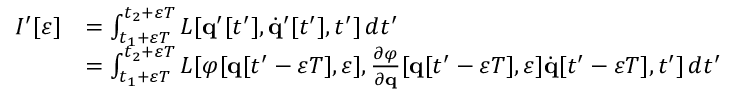
{ \begin{array} { r l } { I ^ { \prime } [ \varepsilon ] } & { = \int _ { t _ { 1 } + \varepsilon T } ^ { t _ { 2 } + \varepsilon T } L [ \mathbf { q } ^ { \prime } [ t ^ { \prime } ] , { \dot { \mathbf { q } } } ^ { \prime } [ t ^ { \prime } ] , t ^ { \prime } ] \, d t ^ { \prime } } \\ & { = \int _ { t _ { 1 } + \varepsilon T } ^ { t _ { 2 } + \varepsilon T } L [ \varphi [ \mathbf { q } [ t ^ { \prime } - \varepsilon T ] , \varepsilon ] , { \frac { \partial \varphi } { \partial \mathbf { q } } } [ \mathbf { q } [ t ^ { \prime } - \varepsilon T ] , \varepsilon ] { \dot { \mathbf { q } } } [ t ^ { \prime } - \varepsilon T ] , t ^ { \prime } ] \, d t ^ { \prime } } \end{array} }